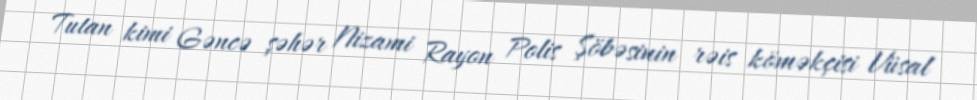
Tutan kimi Gəncə şəhər Nizami Rayon Polis Şöbəsinin rəis köməkçisi Vüsal